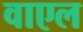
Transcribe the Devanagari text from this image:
वाएल